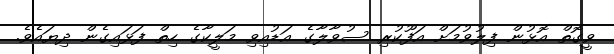
ވީގޮތް އޮޅުން ފިލުވުމަށް އަފޫކުރި ސުވާލާގެ އަޑުއިވި މަލީކާގެ ހިތް ފަޅައިގެން ދިޔައެވެ.